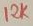
Text: 12K